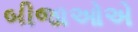
બીજાઓએ